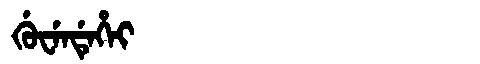
Manchu: ᡤᡠᠸᡝᠨᡩᡝᡥᡝᡳ
Romanization: GUWENDEHEI